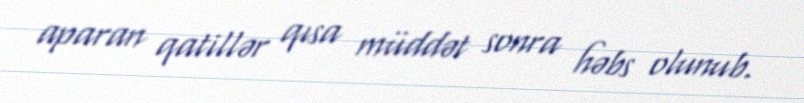
aparan qatillər qısa müddət sonra həbs olunub.